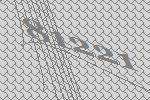
81221